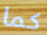
كما